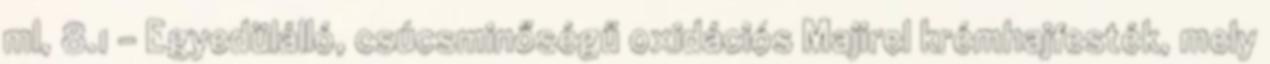
ml, 8.1 - Egyedülálló, csúcsminőségű oxidációs Majirel krémhajfesték, mely